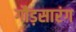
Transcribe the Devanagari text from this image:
गौड़सारंग